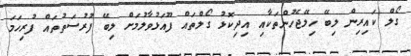
ގޯލް ކައިރިން ލިބޭ ހިލޭޖެހުންތަކާއި އިދިކޮޅު ގޯލްތައް ފޫއަޅުވާލުމަށް ލިބޭ ފުރުސަތުތައް ފުރިހަމަ